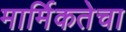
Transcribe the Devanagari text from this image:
मार्मिकतेचा